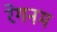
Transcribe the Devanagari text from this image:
रेगनम